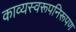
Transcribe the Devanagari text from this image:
काव्यस्वरूपनिरूपण